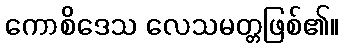
ကောစိဒေသ လေသမတ္တဖြစ်၏။